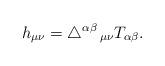
LaTeX: \begin{align*}h_{\mu\nu} = \triangle ^{\alpha\beta} \, _{\mu\nu} T_{\alpha\beta} .\end{align*}